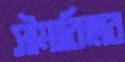
সীমাবিহার